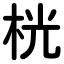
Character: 桄